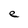
Character: e